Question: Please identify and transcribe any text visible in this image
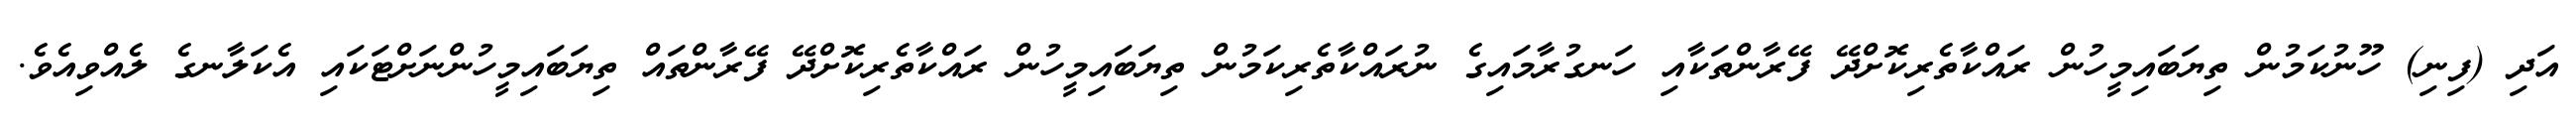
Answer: އަދި (ފިނި) ހޫނުކަމުން ތިޔަބައިމީހުން ރައްކާތެރިކޮށްދޭ ފޭރާންތަކާއި ހަނގުރާމައިގެ ނުރައްކާތެރިކަމުން ތިޔަބައިމީހުން ރައްކާތެރިކޮށްދޭ ފޭރާންތައް ތިޔަބައިމީހުންނަށްޓަކައި އެކަލާނގެ ލެއްވިއެވެ.